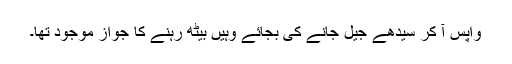
واپس آ کر سیدھے جیل جانے کی بجائے وہیں بیٹھ رہنے کا جواز موجود تھا۔